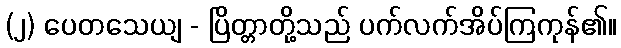
(၂) ပေတသေယျ - ပြိတ္တာတို့သည် ပက်လက်အိပ်ကြကုန်၏။